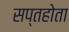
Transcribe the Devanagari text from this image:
सप्तहोता